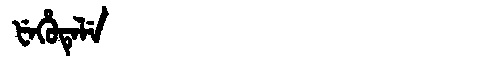
Manchu: ᡶᡝᡥᡠᡨᡝᠯᡝ
Romanization: FEHUTELE